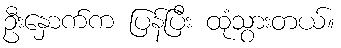
ဦးနှောက်က ပြန်ပြီး ထုံသွားတယ်။